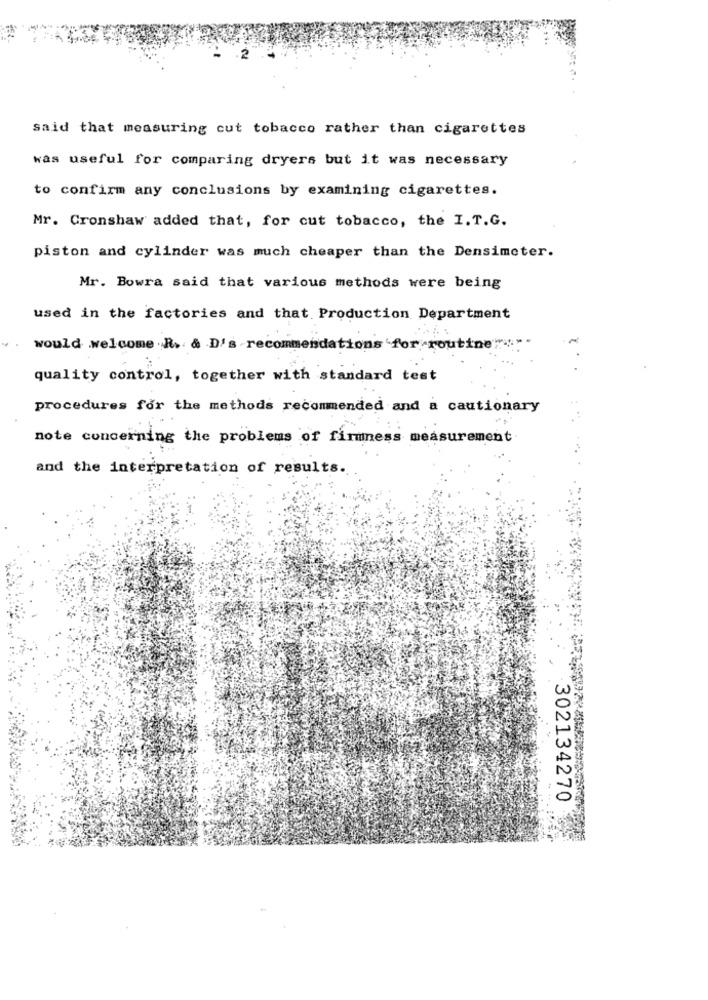
said that measuring cut tobacco rather than cigarettes
was useful for comparing dryers but it was necessary
to confirm any conclusions by examining cigarettes.
Mr. Cronshaw added that, for cut tobacco, the I. T.G.
piston and cylinder was much cheaper than the Densimeter.
Mr. Bowra said that various methods were being
used in the factories and that Production Department
would welcome R. & D's recommendations for routine"
quality control, together with standard test
procedures for the methods recommended and a cautionary
note concerning the problems of firmness measurement
and the interpretation of results.
302134270